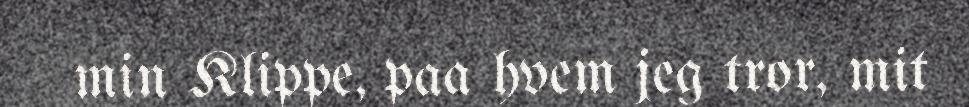
min Klippe, paa hvem jeg tror, mit